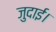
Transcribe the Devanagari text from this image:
जुदाई।